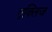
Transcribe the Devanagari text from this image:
एक्लिज